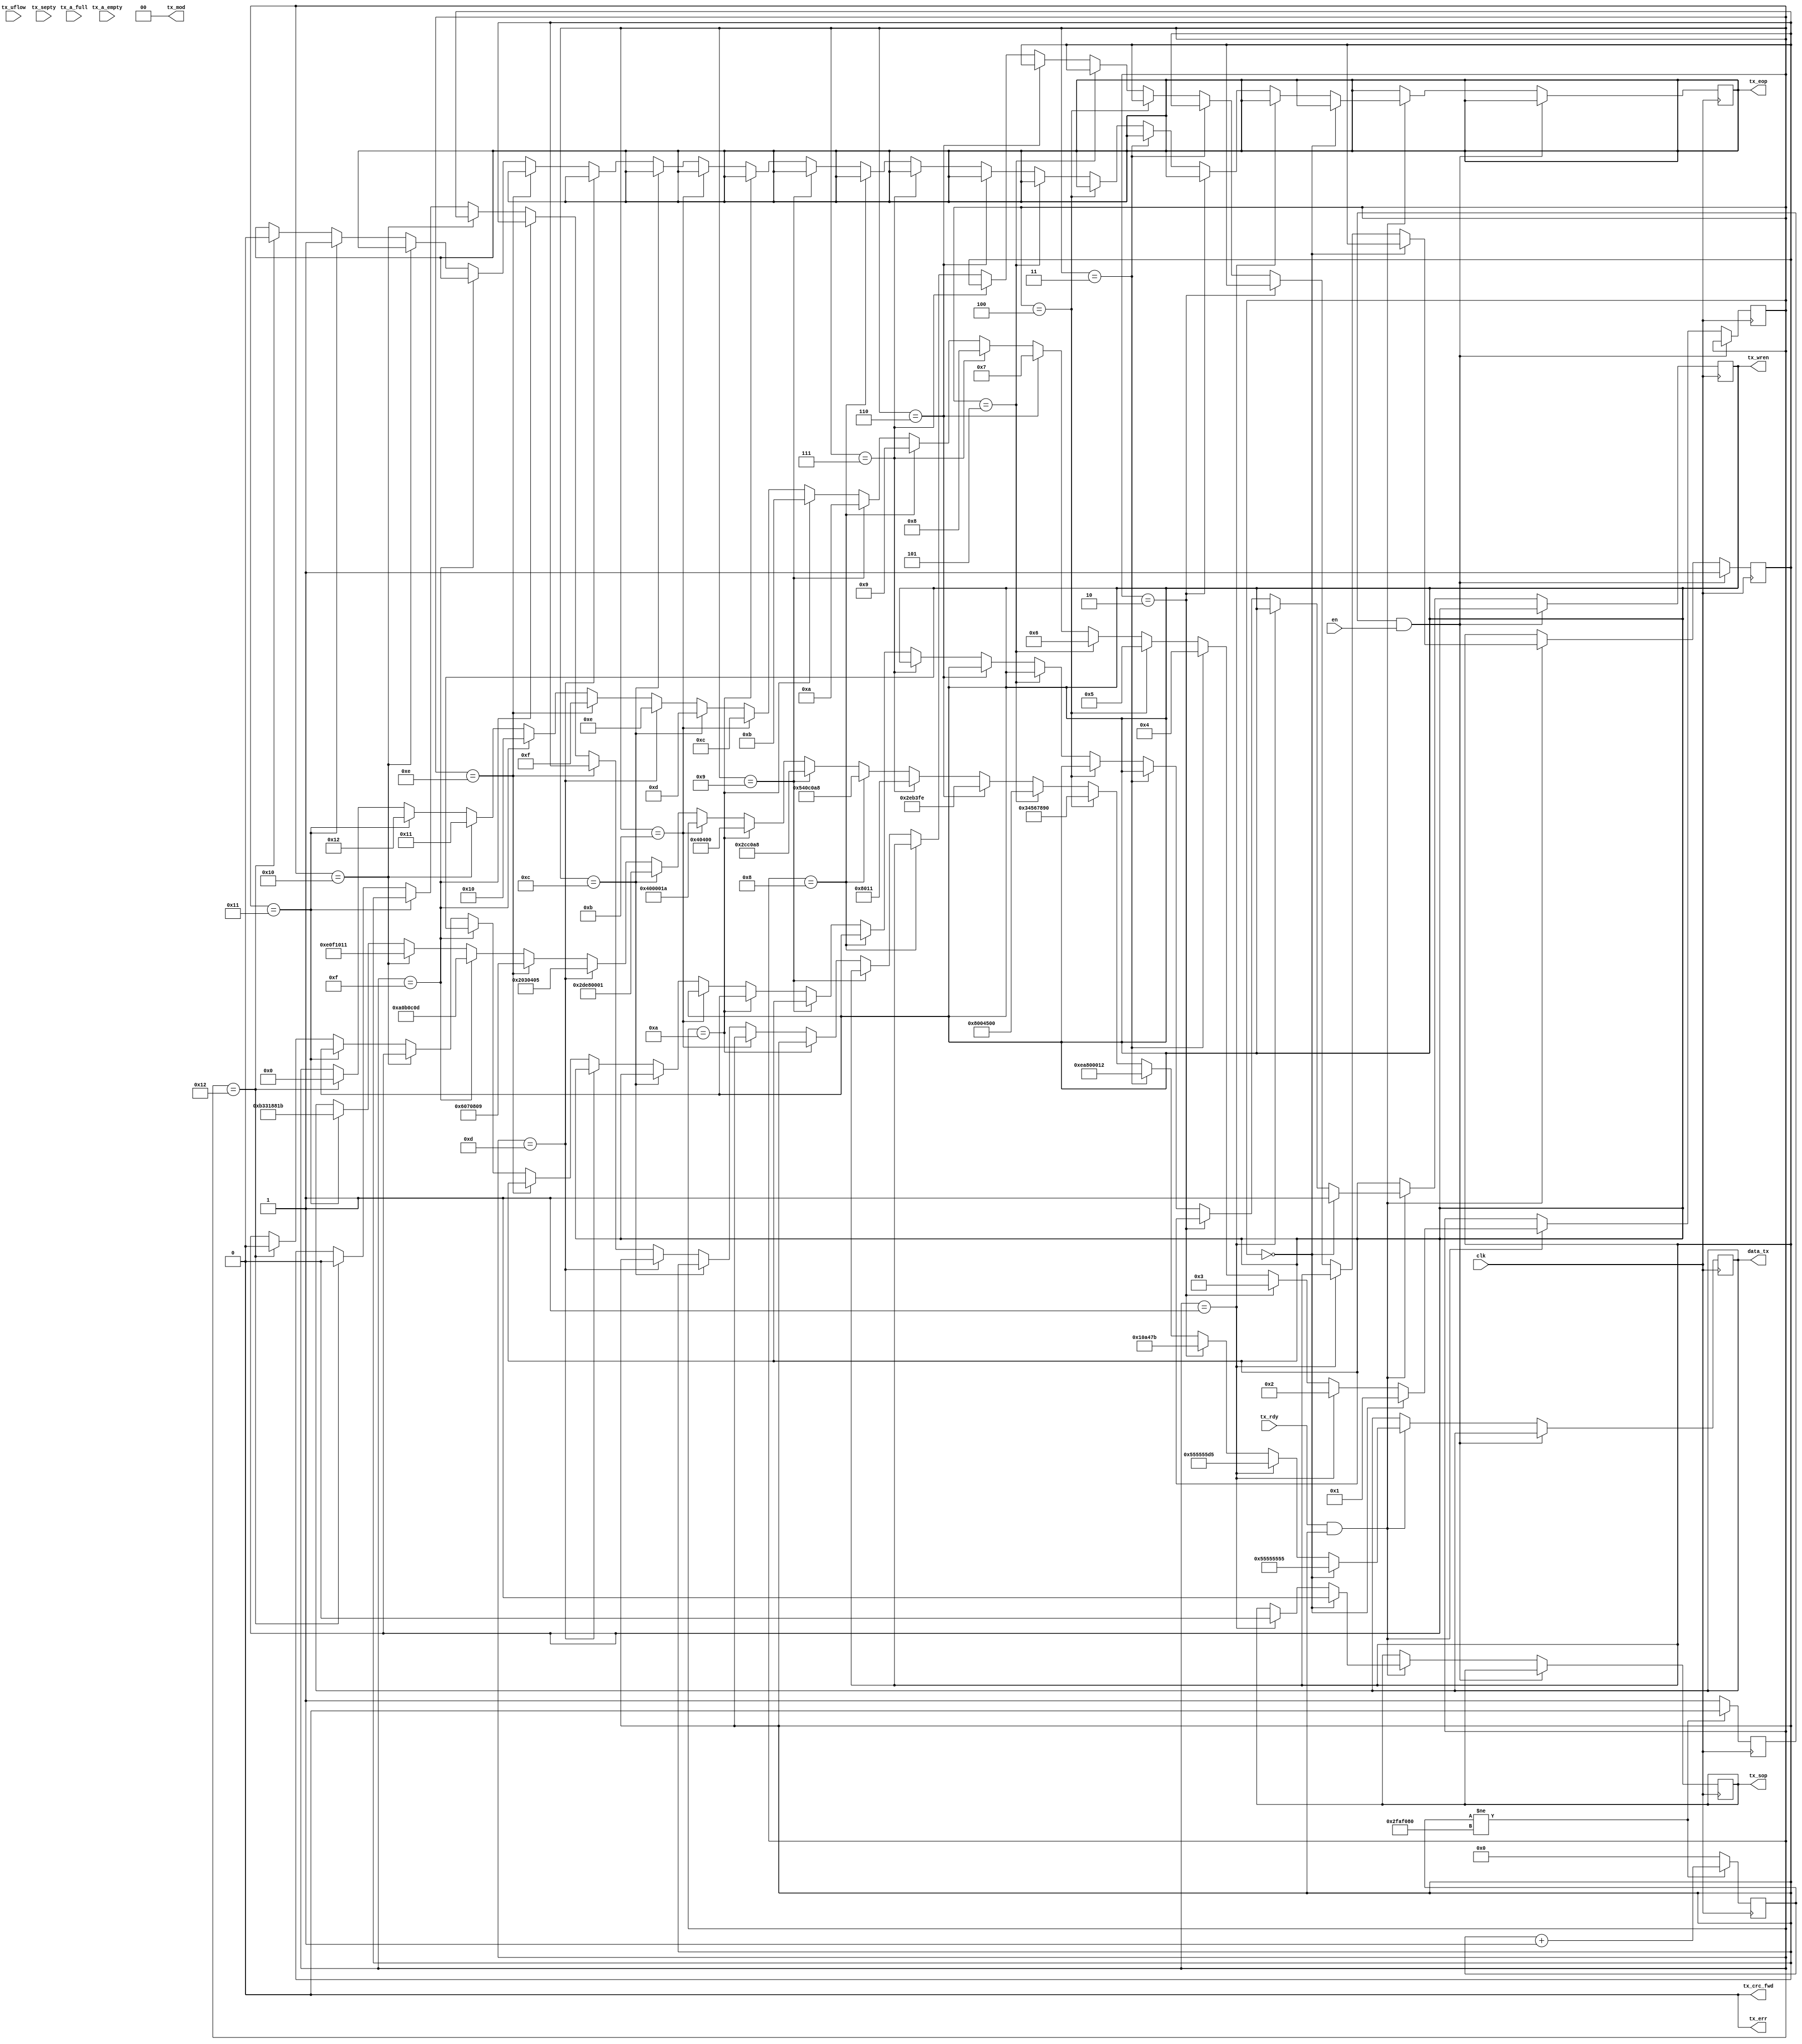
//-----------------------------------------------------------------------------

//

// Title       : udp_form

// Design      : list


// Company     : Microsoft

//

//-----------------------------------------------------------------------------

//


// Generated   : Wed Jan 30 09:08:28 2019

// From        : interface description file

// By          : Itf2Vhdl ver. 1.22

//

//-----------------------------------------------------------------------------

//

// Description :

//

//-----------------------------------------------------------------------------

`timescale 1 ns / 1 ps

 

//{{ Section below this comment is automatically maintained

//   and may be overwritten

//{module {udp_form}}

module udp_form ( clk,en ,data_tx ,tx_mod ,tx_sop ,tx_eop ,tx_err ,tx_wren ,tx_crc_fwd ,tx_uflow ,tx_rdy ,tx_septy ,tx_a_full ,tx_a_empty );

 

output [31:0] data_tx ;

wire [31:0] data_tx ;

output [1:0] tx_mod ;

wire [1:0] tx_mod ;

output tx_sop ;

wire tx_sop ;

output tx_eop ;

wire tx_eop ;

output tx_err ;

wire tx_err ;

output tx_wren ;

wire tx_wren ;

output tx_crc_fwd ;

wire tx_crc_fwd ;

 

 

input en ;

wire en;

input clk ;

wire clk ;

input tx_uflow ;

wire tx_uflow ;

input tx_rdy ;

wire tx_rdy ;

input tx_septy ;

wire tx_septy ;

input tx_a_full ;

wire tx_a_full ;

input tx_a_empty ;

wire tx_a_empty ;

 

 

reg [31:0] data_reg=0;

reg [1:0] tx_mod_reg=0;

reg tx_sop_reg=0;

reg tx_eop_reg=0;

reg tx_err_reg=0;

reg tx_wren_reg=0;

reg tx_crc_fwd_reg=0;

 

reg [7:0] step=0;             

reg [31:0] temp_data=0;             

reg [31:0] sch=0;

reg [ 7:0] z=0;   

reg flag_start=0;  

reg enable=0;


 

assign data_tx   =temp_data;

assign tx_mod    =tx_mod_reg;

assign tx_sop    =tx_sop_reg;

assign tx_eop    =tx_eop_reg;

assign tx_err    =tx_err_reg;

assign tx_wren   =tx_wren_reg;

assign tx_crc_fwd=tx_crc_fwd_reg;


always @(posedge clk) 
if (sch!=50000000) 
	begin 
	sch<=sch+1; 
	flag_start<=0; 
	end 
	else 
			begin 
			flag_start<=1; 
			sch<=0; 
			end  
 

always @(posedge clk)
begin

if ((flag_start==1)&&(en)) enable<=1; else

if (tx_rdy&enable)

begin              
  //data_reg<=temp_data;
             

   if (step==0)

     begin
     tx_wren_reg<=1;
     tx_sop_reg<=1;//start of packet
           step<=1;
      temp_data<={8'h55,8'h55,8'h55,8'h55};
     end        else

   if (step==1)
        begin
        tx_sop_reg<=0;
         temp_data<={8'h55,8'h55,8'h55,8'hd5};
              step<=2;             
        end else

                if (step==2)

                               begin

                               temp_data<={8'h00,8'h10,8'ha4,8'h7b};

                               step<=3;             

                               end else              

                if (step==3)

                               begin

                               temp_data<={8'hea,8'h80,8'h00,8'h12};

                               step<=4;             

                               end else

                if (step==4)

                               begin

                               temp_data<={8'h34,8'h56,8'h78,8'h90};

                               step<=5;             

                               end else

                if (step==5)

                               begin

                               temp_data<={8'h08,8'h00,8'h45,8'h00};

                               step<=6;             

                               end else

                if (step==6)

                               begin

                               temp_data<={8'h00,8'h2e,8'hb3,8'hfe};

                               step<=7;             

                               end else

                if (step==7)

                               begin

                               temp_data<={8'h00,8'h00,8'h80,8'h11};

                               step<=8;             

                               end else 

                if (step==8)

                               begin

                               temp_data<={8'h05,8'h40,8'hc0,8'ha8};

                               step<=9;             

                               end else

                if (step==9)

                               begin

                               temp_data<={8'h00,8'h2c,8'hc0,8'ha8};

                               step<=10;          

                               end else

                if (step==10)

                               begin

                               temp_data<={8'h00,8'h04,8'h04,8'h00};

                               step<=11;          

                               end else

                if (step==11)

                               begin

                               temp_data<={8'h04,8'h00,8'h00,8'h1a};

                               step<=12;          

                               end else

                if (step==12)

                               begin

                               temp_data<={8'h2d,8'he8,8'h00,8'h01};

                               step<=13;          

                               end else

                if (step==13)

                               begin

                               temp_data<={8'h02,8'h03,8'h04,8'h05};

                               step<=14;          

                               end else

                if (step==14)

                               begin

                               temp_data<={8'h06,8'h07,8'h08,8'h09};

                               step<=15;          

                               end else                              

                if (step==15)

                               begin

                               temp_data<={8'h0a,8'h0b,8'h0c,8'h0d};

                               step<=16;          

                               end else

                if (step==16)

                               begin

                               temp_data<={8'h0e,8'h0f,8'h10,8'h11};

                               step<=17;          

                               end else

                if (step==17)

                               begin

                               temp_data<={8'hb3,8'h31,8'h88,8'h1b};

                               step<=18;

                               tx_eop_reg<=1;//end of packet

                               end else                              

                if (step==18)

                               begin

                               tx_eop_reg<=0;//end of packet

                               tx_wren_reg<=0;

                               step<=0;   
										 
										 enable<=0;

                               end                       

		end 

end

 

endmodule